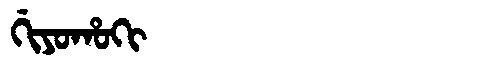
Manchu: ᡤᡳᠶᠣᡥᠣᡴᡳ
Romanization: GIYOHOKI